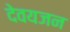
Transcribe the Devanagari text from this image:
देवयजन